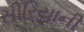
સીરિયાની